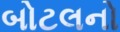
બોટલનો